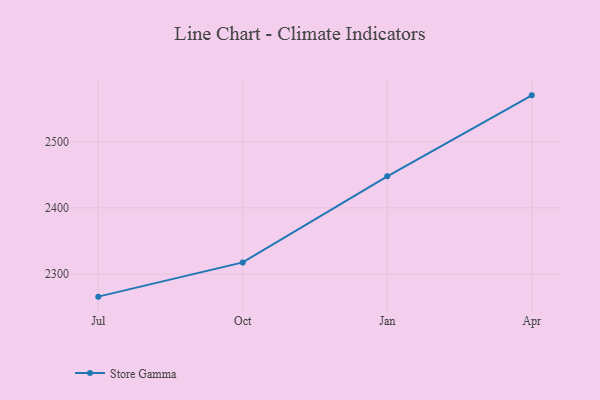
{"axis": {"x": "Month", "y": "Churn Rate (%)"}, "legend": ["Store Gamma"], "data": [{"x": "Jul", "y": 2265.6, "type": "Store Gamma"}, {"x": "Oct", "y": 2317.4, "type": "Store Gamma"}, {"x": "Jan", "y": 2447.7, "type": "Store Gamma"}, {"x": "Apr", "y": 2570.1, "type": "Store Gamma"}]}